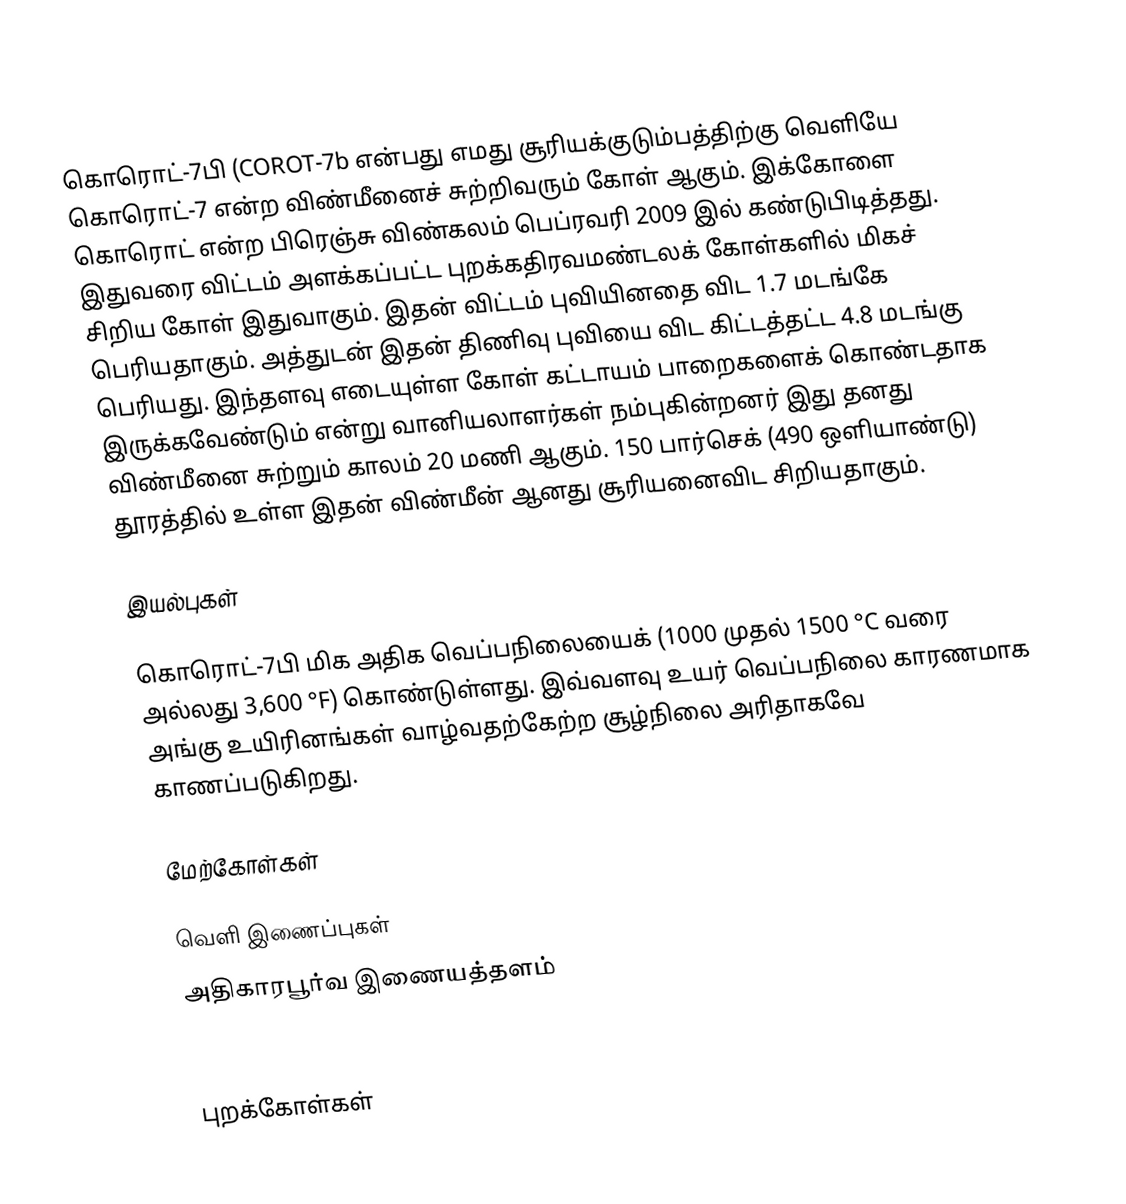
கொரொட்-7பி (COROT-7b என்பது எமது சூரியக்குடும்பத்திற்கு வெளியே கொரொட்-7 என்ற விண்மீனைச் சுற்றிவரும் கோள் ஆகும். இக்கோளை கொரொட் என்ற பிரெஞ்சு விண்கலம் பெப்ரவரி 2009 இல் கண்டுபிடித்தது. இதுவரை விட்டம் அளக்கப்பட்ட புறக்கதிரவமண்டலக் கோள்களில் மிகச் சிறிய கோள் இதுவாகும். இதன் விட்டம் புவியினதை விட 1.7 மடங்கே பெரியதாகும். அத்துடன் இதன் திணிவு புவியை விட கிட்டத்தட்ட 4.8 மடங்கு பெரியது. இந்தளவு எடையுள்ள கோள் கட்டாயம் பாறைகளைக் கொண்டதாக இருக்கவேண்டும் என்று வானியலாளர்கள் நம்புகின்றனர் இது தனது விண்மீனை சுற்றும் காலம் 20 மணி ஆகும். 150 பார்செக் (490 ஒளியாண்டு) தூரத்தில் உள்ள இதன் விண்மீன் ஆனது சூரியனைவிட சிறியதாகும்.

இயல்புகள்

கொரொட்-7பி மிக அதிக வெப்பநிலையைக் (1000 முதல் 1500 °C வரை அல்லது 3,600 °F) கொண்டுள்ளது. இவ்வளவு உயர் வெப்பநிலை காரணமாக அங்கு உயிரினங்கள் வாழ்வதற்கேற்ற சூழ்நிலை அரிதாகவே காணப்படுகிறது.

மேற்கோள்கள்

வெளி இணைப்புகள்
 அதிகாரபூர்வ இணையத்தளம்

புறக்கோள்கள்